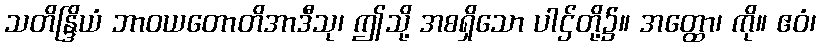
သတိန္ဒြိယံ ဘာဝယတောတိအာဒီသု၊ ဤသို့ အစရှိသော ပါဌ်တို့၌။ အတ္ထော၊ ကို။ ဧဝံ၊